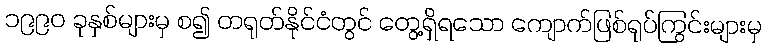
၁၉၉၀ ခုနှစ်များမှ စ၍ တရုတ်နိုင်ငံတွင် တွေ့ရှိရသော ကျောက်ဖြစ်ရုပ်ကြွင်းများမှ